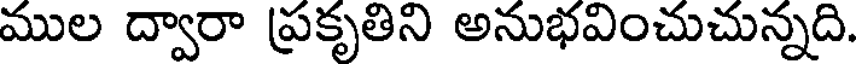
ముల ద్వారా ప్రకృతిని అనుభవించుచున్నది.